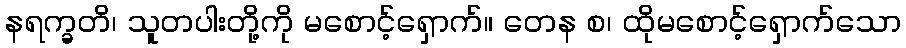
နရက္ခတိ၊ သူတပါးတို့ကို မစောင့်ရှောက်။ တေန စ၊ ထိုမစောင့်ရှောက်သော